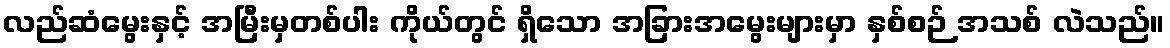
လည်ဆံမွေးနှင့် အမြီးမှတစ်ပါး ကိုယ်တွင် ရှိသော အခြားအမွေးများမှာ နှစ်စဉ် အသစ် လဲသည်။